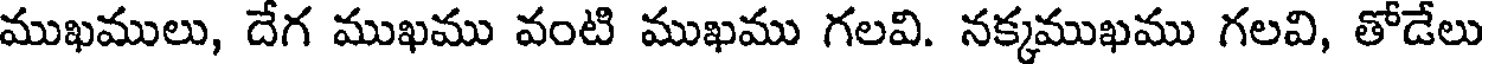
ముఖములు, దేగ ముఖము వంటి ముఖము గలవి. నక్కముఖము గలవి, తోడేలు